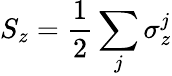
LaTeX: S_{z}=\frac{1}{2}\sum_{j}\sigma_{z}^{j}